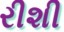
રીશી